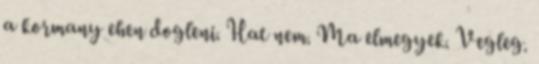
a kormany ehen dogleni. Hat nem. Ma elmegyek. Vegleg.